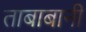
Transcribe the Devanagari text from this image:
ताबाबानी